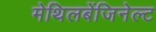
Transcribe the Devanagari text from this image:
मेथिलबेंजिनेल्ट